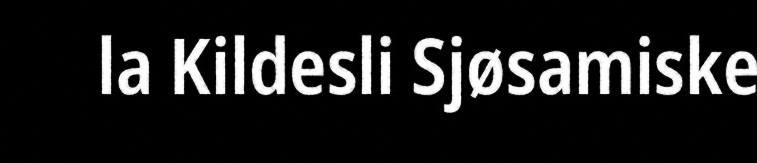
la Kildesli Sjøsamiske